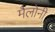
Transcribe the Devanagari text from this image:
मैलोनी